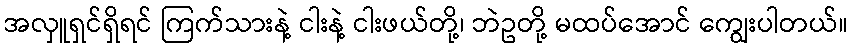
အလှူရှင်ရှိရင် ကြက်သားနဲ့ ငါးနဲ့ ငါးဖယ်တို့၊ ဘဲဥတို့ မထပ်အောင် ကျွေးပါတယ်။